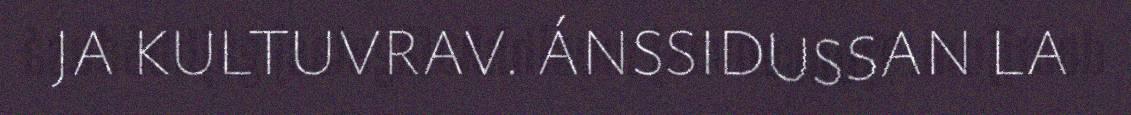
JA KULTUVRAV. ÁNSSIDUSSAN LA